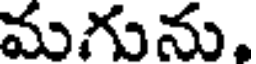
మగును,